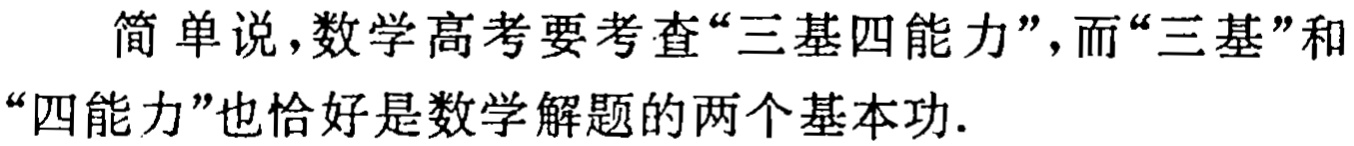
简单说，数学高考要考查“三基四能力”，而“三基”和“四能力”也恰好是数学解题的两个基本功.